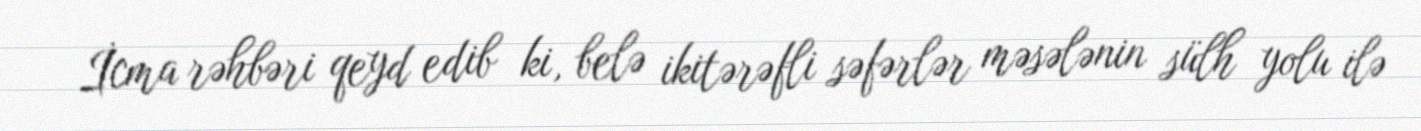
İcma rəhbəri qeyd edib ki, belə ikitərəfli səfərlər məsələnin sülh yolu ilə